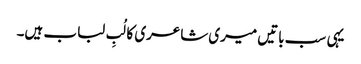
یہی سب باتیں میری شاعری کا لُبِ لباب ہیں۔